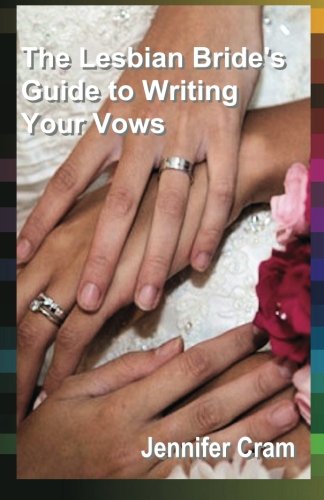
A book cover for The Lesbian Bride's Guide to Writing Your Vows (Romantic Wedding Rituals); Jennifer Cram; Crafts, Hobbies & Home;